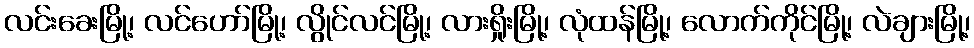
လင်းခေးမြို့၊ လင်ဟော်မြို့၊ လွိုင်လင်မြို့၊ လားရှိုးမြို့၊ လုံထန်မြို့၊ လောက်ကိုင်မြို့၊ လဲချားမြို့၊